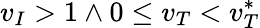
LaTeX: v_{I}>1\land 0\le v_{T}<v_{T}^{*}